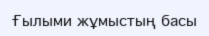
Ғылыми жұмыстың басы